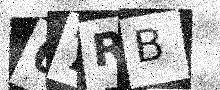
Text: 67RB